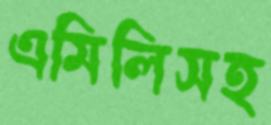
এমিলিসহ